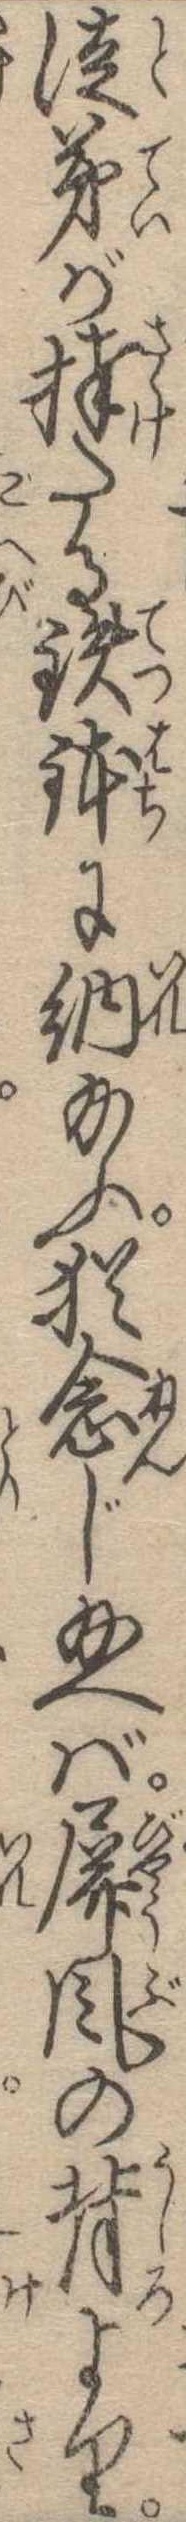
徒弟が捧たる鉄鉢に納給ふ猶念じ給へば屏風の背より